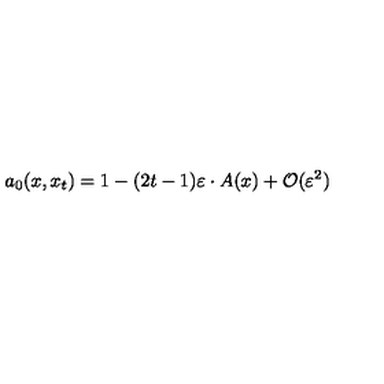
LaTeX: a _ { 0 } ( x , x _ { t } ) = 1 - ( 2 t - 1 ) \varepsilon \cdot A ( x ) + { \cal O } ( \varepsilon ^ { 2 } )